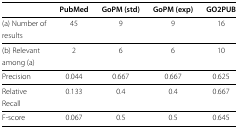
|  | PubMed | GoPM (std) | GoPM (exp) | GO2PUB |
 | --- | --- | --- | --- | --- |
 | (a) Number of results | 45 | 9 | 9 | 16 |
 | (b) Relevant among (a) | 2 | 6 | 6 | 10 |
 | Precision | 0.044 | 0.667 | 0.667 | 0.625 |
 | Relative Recall | 0.133 | 0.4 | 0.4 | 0.667 |
 | F-score | 0.067 | 0.5 | 0.5 | 0.645 |